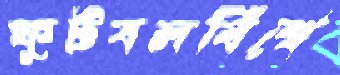
ফুটবলবিশ্বে